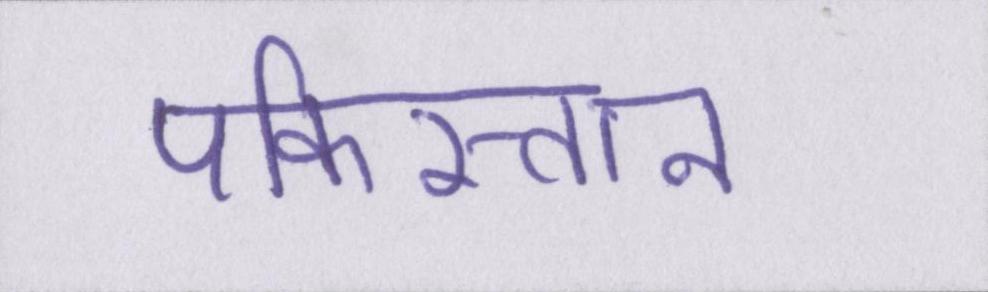
पकिस्तान